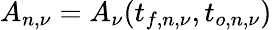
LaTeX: A_{n,\nu}=A_{\nu}(t_{f,n,\nu},t_{o,n,\nu})